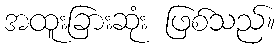
အထူးခြားဆုံး ဖြစ်သည်။